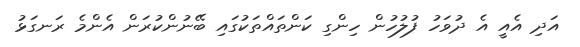
އަދި އެއީ އެ ދުވަހު ފުލުހުން ހިންގި ކަންތައްތަކުގައި ބޭނުންކުރަން އެންމެ ރަނގަޅު